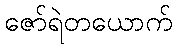
ဇော်ရဲတယောက်